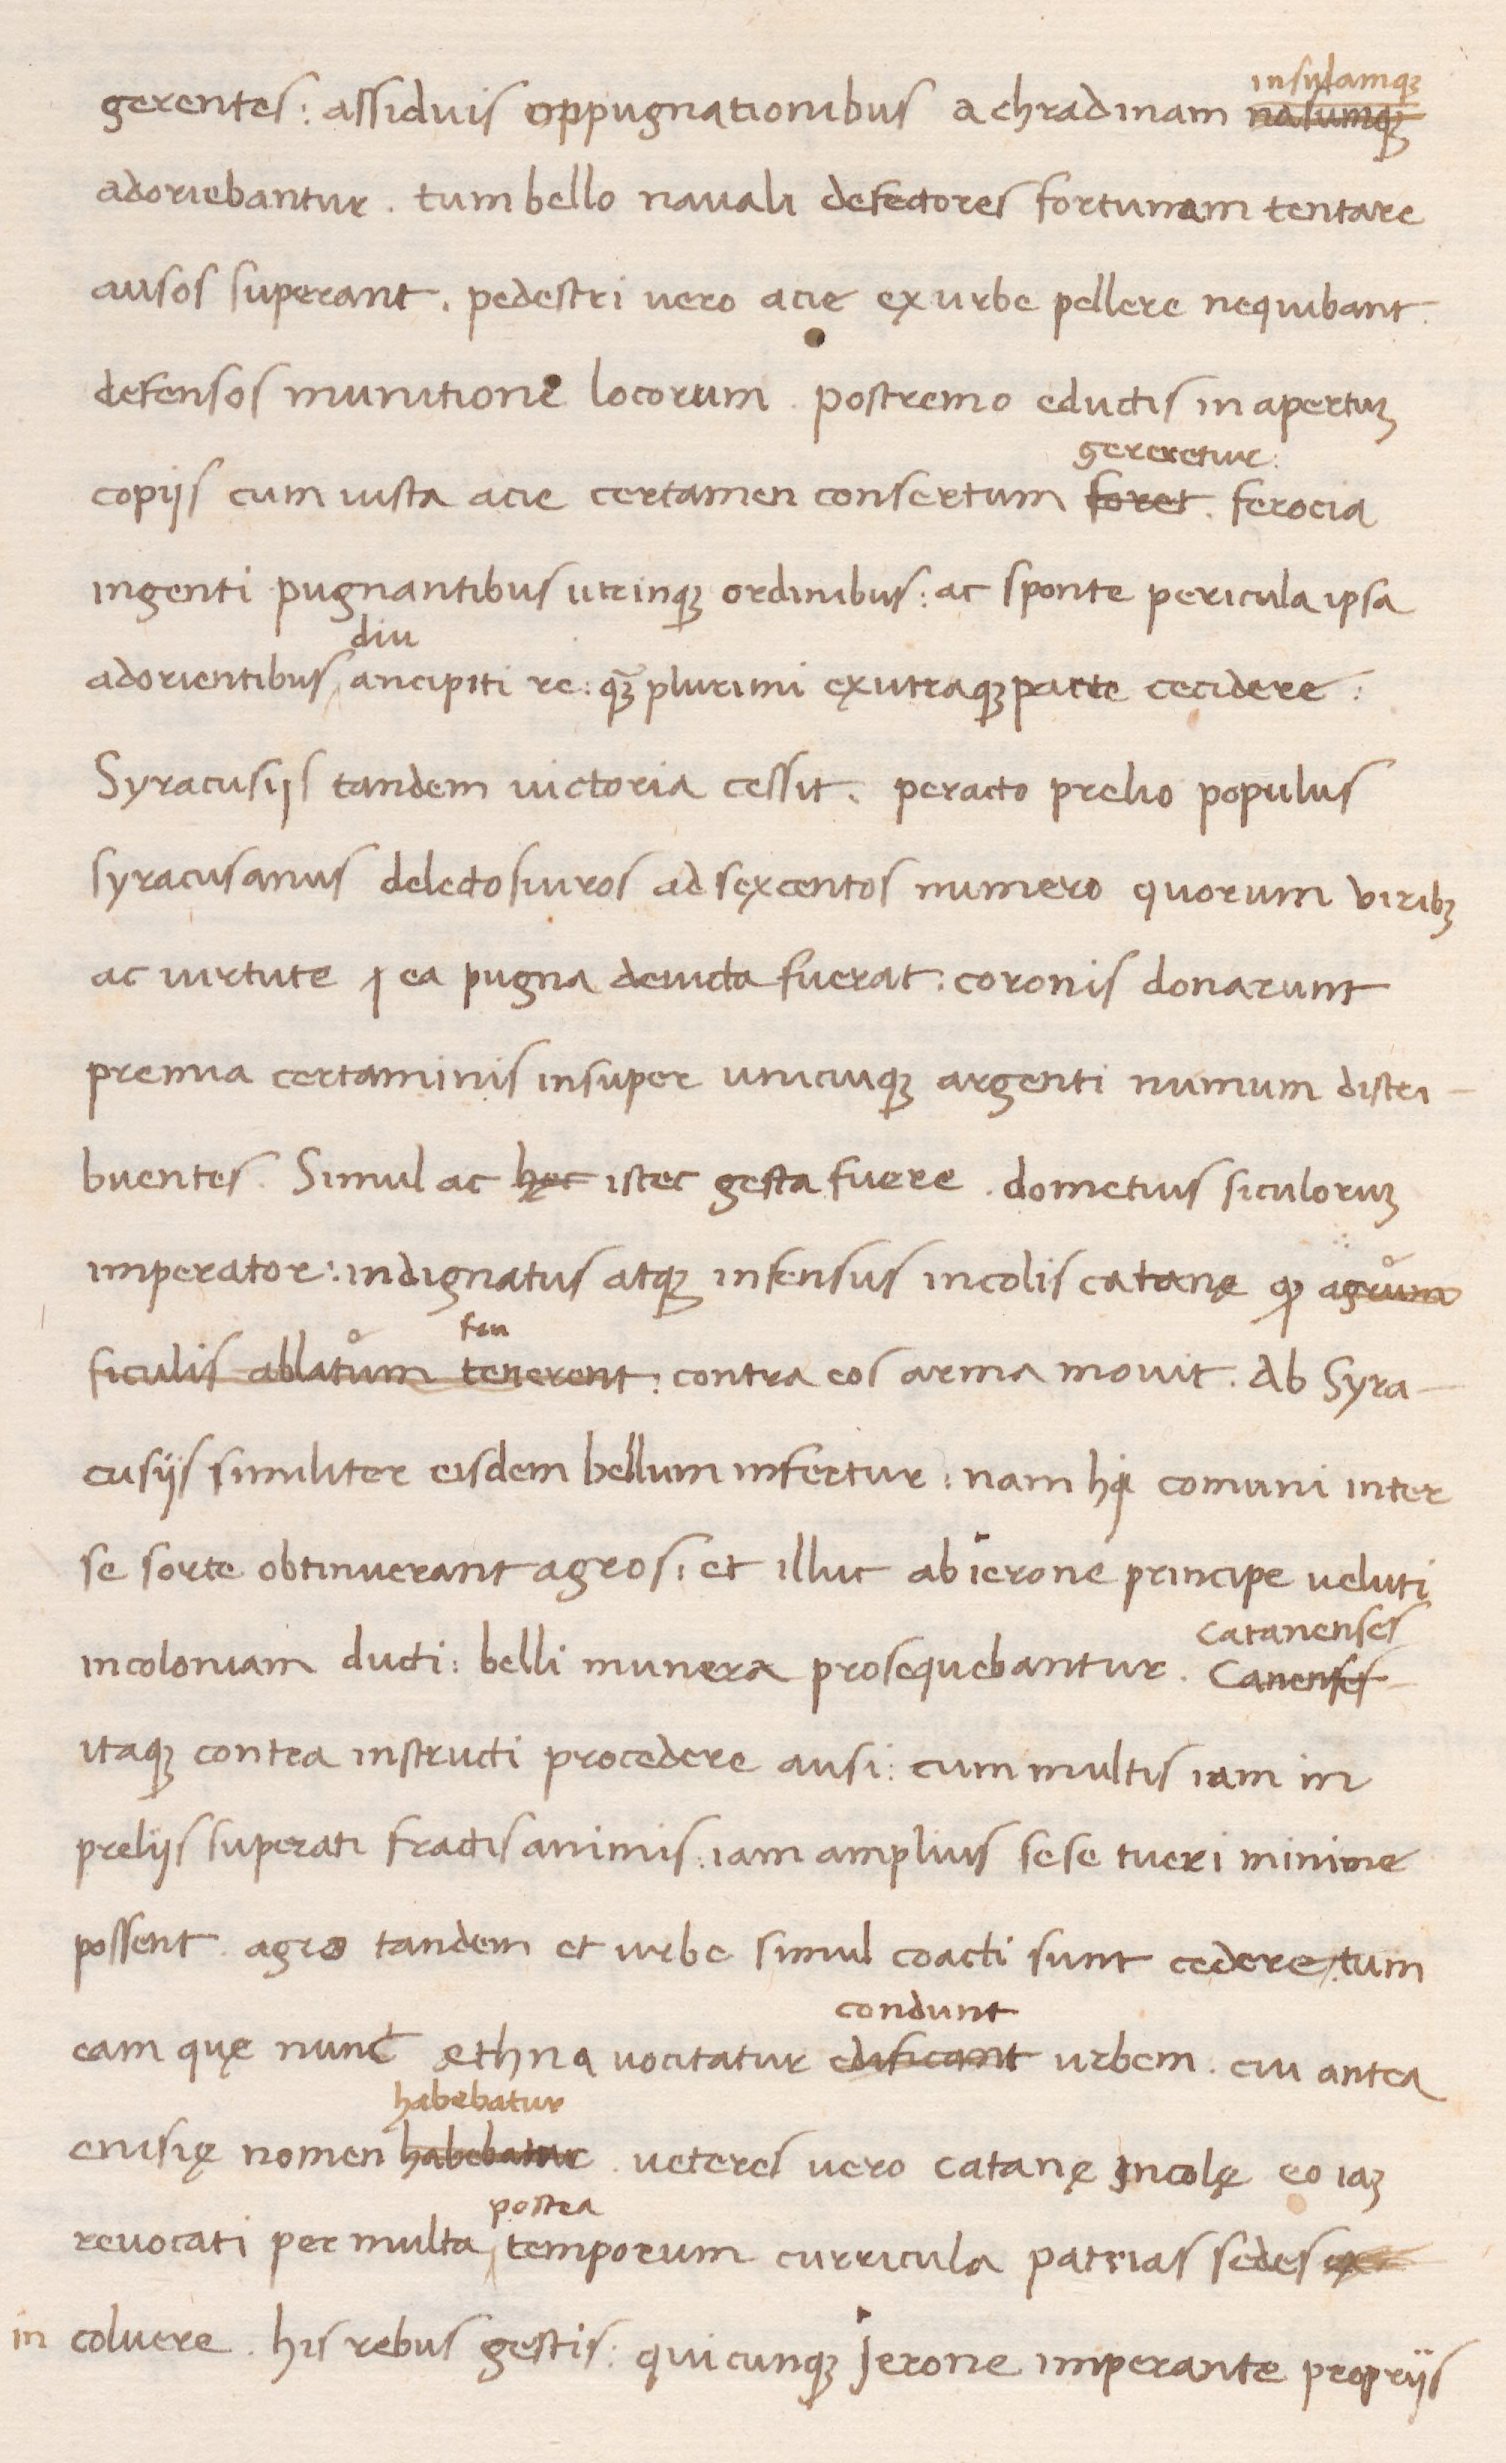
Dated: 1438–1468